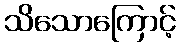
သိသောကြောင့်